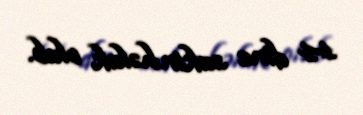
14 dinc sakin həlak olub.